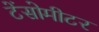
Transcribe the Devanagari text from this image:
टेंसोमीटर